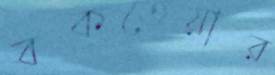
বকতেয়ার